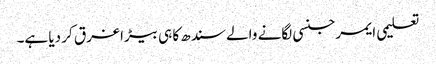
تعلیمی ایمرجنسی لگانے والے سندھ کا ہی بیڑا غرق کر دیا ہے۔